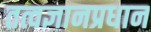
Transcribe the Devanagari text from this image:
तत्वज्ञानप्रधान